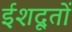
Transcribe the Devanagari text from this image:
ईशदूतों